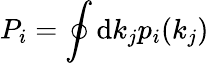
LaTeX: P_{i}=\oint\mathrm{d}k_{j}p_{i}(k_{j})